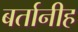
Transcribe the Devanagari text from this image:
बर्तानीह